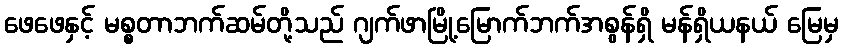
ဖေဖေနှင့် မစ္စတာဘက်ဆမ်တို့သည် ဂျက်ဖာမြို့မြောက်ဘက်အစွန်ရှိ မန်ရှိယနယ် မြေမှ